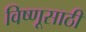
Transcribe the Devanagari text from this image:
विष्णूसाठी